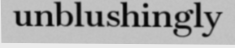
unblushingly